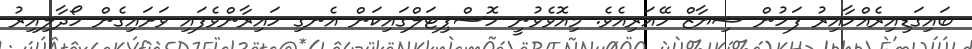
ބައިގަޑިއިރެއްހާއިރު ފަހުން ޝިޔާޒް ހޭއަރިއެވެ. މިއޮވެވުނީ ހޮސްޕިޓަލްގައިކަން އެނގި ހައިރާންވެފައި ވަށައިގެން ހޯދާލިއިރު